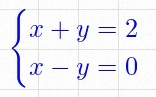
\begin{cases}x+y=2\\x-y=0\end{cases}